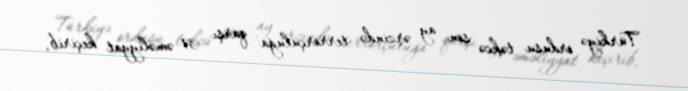
Türkiyə ordusu təkcə son ay ərzində terrorçuluğa qarşı 31 əməliyyat keçirib,